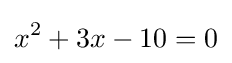
x^{2}+3x-10=0